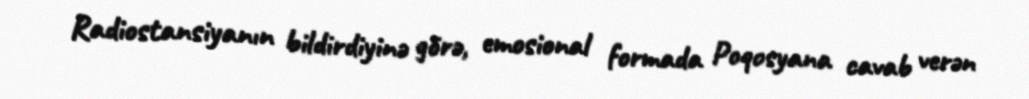
Radiostansiyanın bildirdiyinə görə, emosional formada Poqosyana cavab verən